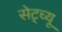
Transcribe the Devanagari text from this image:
सेट्च्यू